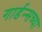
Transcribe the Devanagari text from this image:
गार्डन्सच्या